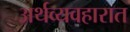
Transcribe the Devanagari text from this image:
अर्थव्यवहारात